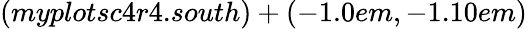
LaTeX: (myplotsc4r4.south)+(-1.0em,-1.10em)